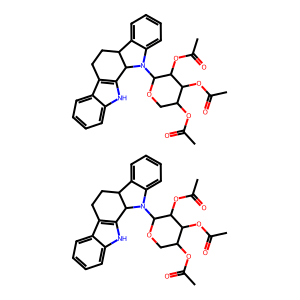
SMILES: CC(=O)OC1COC(N2c3ccccc3C3CCc4c([nH]c5ccccc45)C32)C(OC(C)=O)C1OC(C)=O.CC(=O)OC1COC(N2c3ccccc3C3CCc4c([nH]c5ccccc45)C32)C(OC(C)=O)C1OC(C)=O
Inhibits HIV replication: No